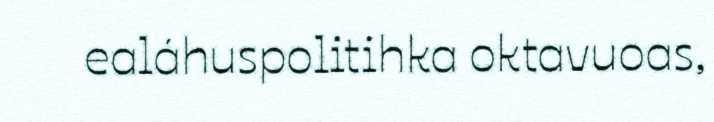
ealáhuspolitihka oktavuoas,